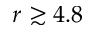
r \gtrsim 4 . 8